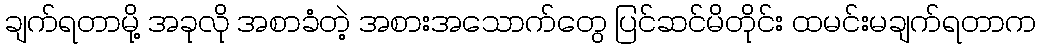
ချက်ရတာမို့ အခုလို အစာခံတဲ့ အစားအသောက်တွေ ပြင်ဆင်မိတိုင်း ထမင်းမချက်ရတာက